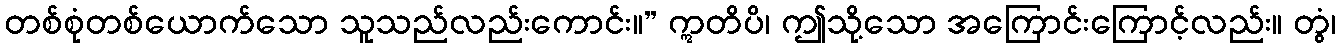
တစ်စုံတစ်ယောက်သော သူသည်လည်းကောင်း။” ဣတိပိ၊ ဤသို့သော အကြောင်းကြောင့်လည်း။ တွံ၊